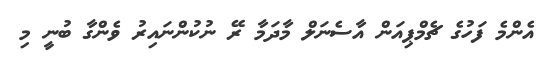
އެންމެ ފަހުގެ ޗެމްޕިއަން އާސެނަލް މާދަމާ ރޭ ނުކުންނައިރު ވެންގާ ބުނީ މި